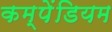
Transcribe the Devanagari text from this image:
कम्पेंडियम